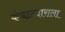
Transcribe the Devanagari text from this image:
कंत्राटदाराला